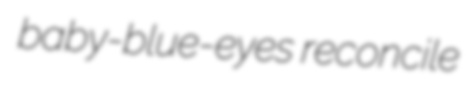
baby-blue-eyes reconcile